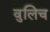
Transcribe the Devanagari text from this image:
वुलिच